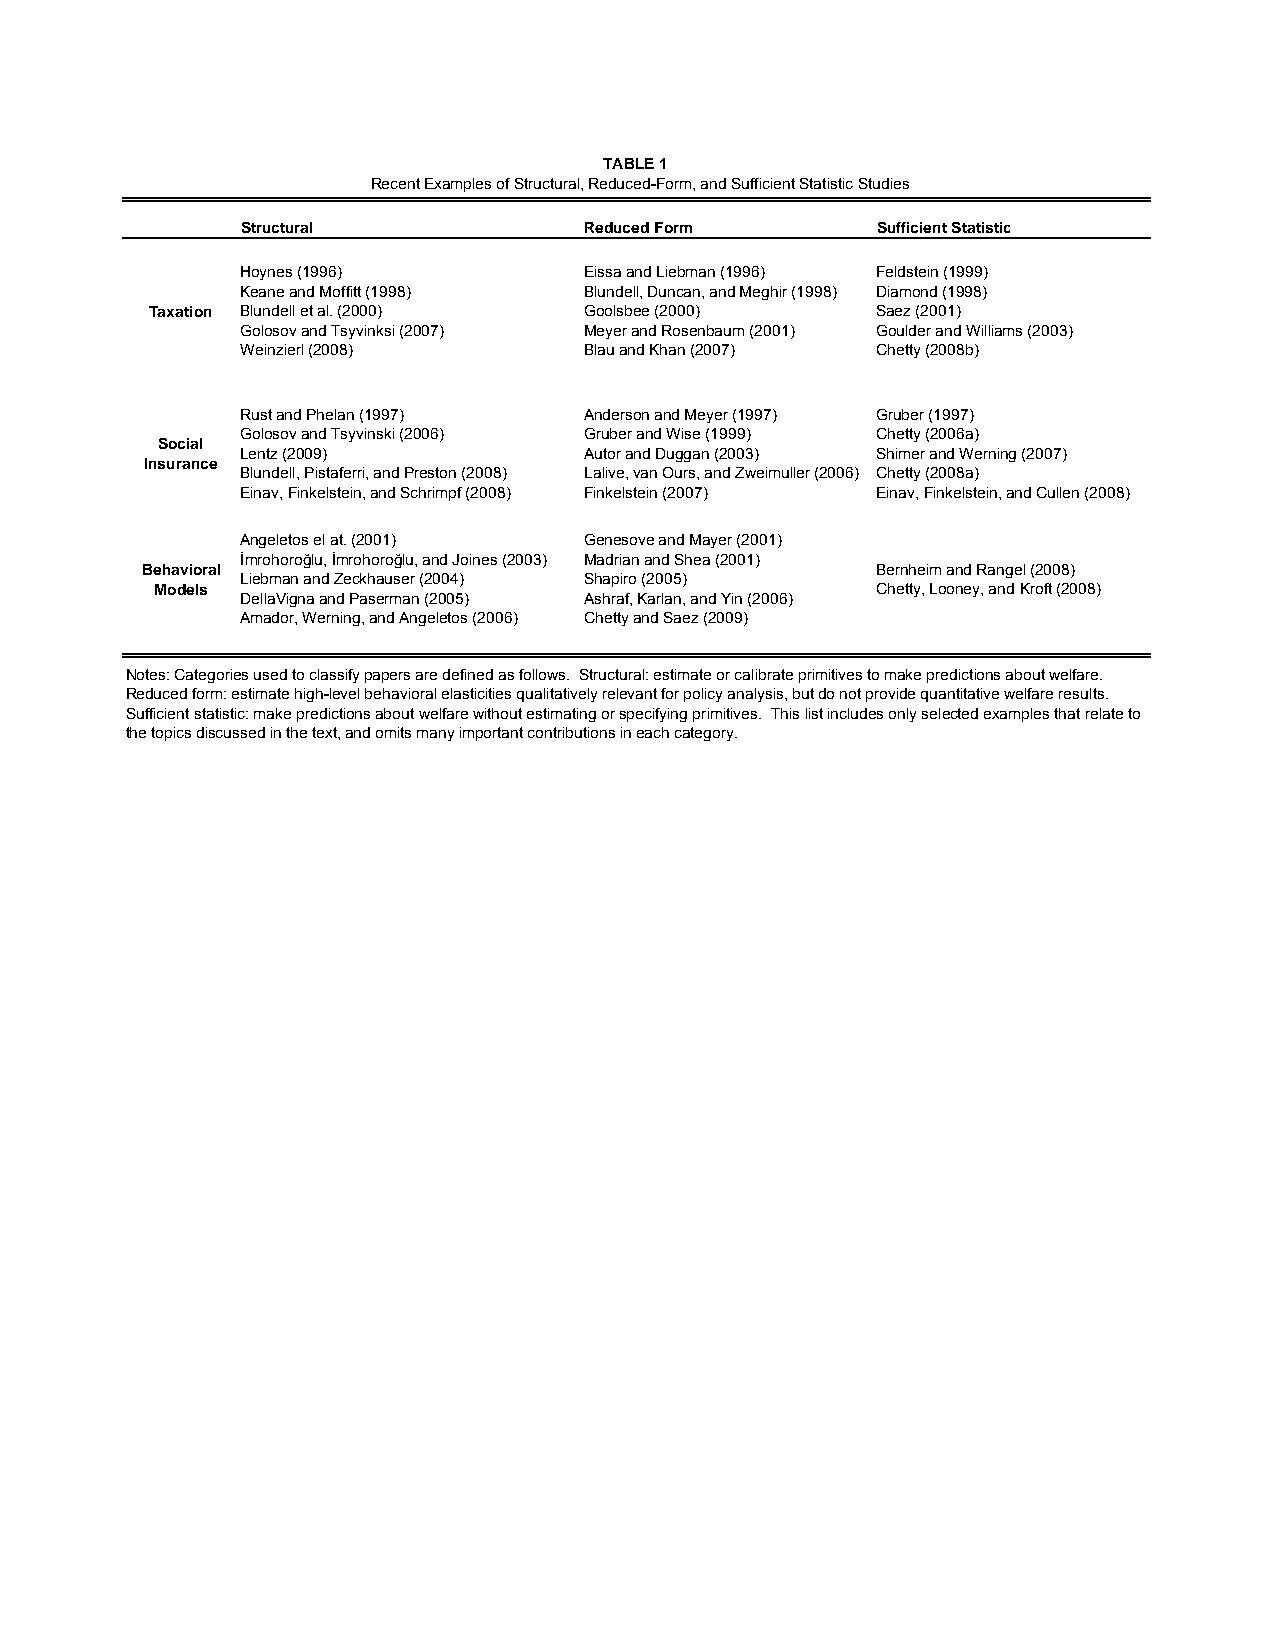
TABLE 1
 Recent Examples of Structural, Reduced-Form, and Sufficient Statistic Studies
 Structural             Reduced Form       Sufficient Statistic
 Hoynes (1996)          Eissa and Liebman (1996) Feldstein (1999)
 Keane and Moffitt (1998) Blundell, Duncan, and Meghir (1998) Diamond (1998)
 Taxation Blundell et al. (2000) Goolsbee (2000) Saez (2001)
 Golosov and Tsyvinksi (2007) Meyer and Rosenbaum (2001) Goulder and Williams (2003)
 Weinzierl (2008)       Blau and Khan (2007) Chetty (2008b)
 Rust and Phelan (1997) Anderson and Meyer (1997) Gruber (1997)
 Golosov and Tsyvinski (2006) Gruber and Wise (1999) Chetty (2006a)
 Social
 Lentz (2009)           Autor and Duggan (2003) Shimer and Werning (2007)
 Insurance
 Blundell, Pistaferri, and Preston (2008) Lalive, van Ours, and Zweimuller (2006) Chetty (2008a)
 Einav, Finkelstein, and Schrimpf (2008) Finkelstein (2007) Einav, Finkelstein, and Cullen (2008)
 Angeletos el at. (2001) Genesove and Mayer (2001)
 İmrohoroğlu, İmrohoroğlu, and Joines (2003) Madrian and Shea (2001)
 Behavioral                                       Bernheim and Rangel (2008)
 Liebman and Zeckhauser (2004) Shapiro (2005)
 Models                                          Chetty, Looney, and Kroft (2008)
 DellaVigna and Paserman (2005) Ashraf, Karlan, and Yin (2006)
 Amador, Werning, and Angeletos (2006) Chetty and Saez (2009)
 Notes: Categories used to classify papers are defined as follows. Structural: estimate or calibrate primitives to make predictions about welfare.
 Reduced form: estimate high-level behavioral elasticities qualitatively relevant for policy analysis, but do not provide quantitative welfare results.
 Sufficient statistic: make predictions about welfare without estimating or specifying primitives. This list includes only selected examples that relate to
 the topics discussed in the text, and omits many important contributions in each category.